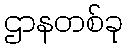
ဌာနတစ်ခု